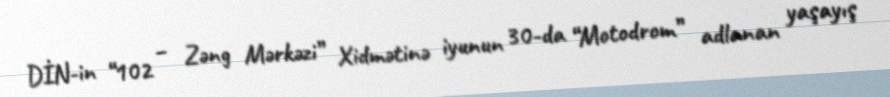
DİN-in “102 – Zəng Mərkəzi” Xidmətinə iyunun 30-da “Motodrom” adlanan yaşayış